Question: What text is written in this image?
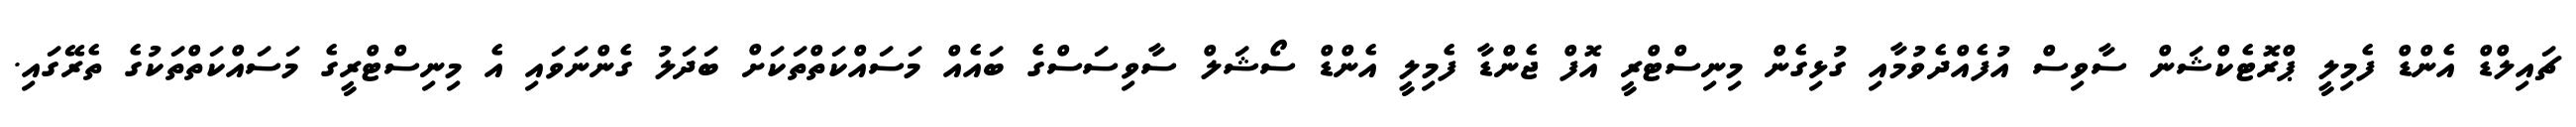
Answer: ޗައިލްޑް އެންޑް ފެމިލީ ޕްރޮޓެކްޝަން ސާވިސް އުފެއްދެވުމާއި ގުޅިގެން މިނިސްޓްރީ އޮފް ޖެންޑާ ފެމިލީ އެންޑް ސޯޝަލް ސާވިސަސްގެ ބައެއް މަސައްކަތްތަކަށް ބަދަލު ގެންނަވައި އެ މިނިސްޓްރީގެ މަސައްކަތްތަކުގެ ތެރޭގައި.